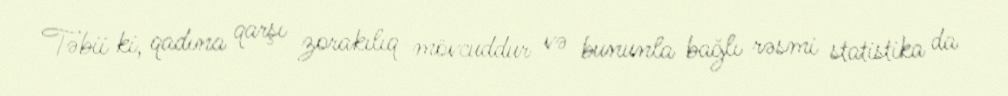
Təbii ki, qadına qarşı zorakılıq mövcuddur və bununla bağlı rəsmi statistika da